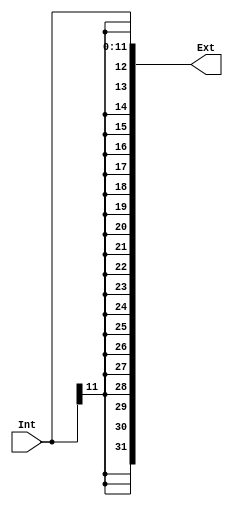
module SignExtender(Int, Ext);
	
	input [11:0] Int;
	output reg [31:0] Ext;
	integer i;
	
	always @(*) begin
	
		Ext[11:0] <= Int[11:0];
		
		for(i = 12; i < 32; i = i + 1) begin
			
			Ext[i] <= Int[11];
			
		end
			
	end
	
endmodule